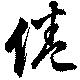
倦